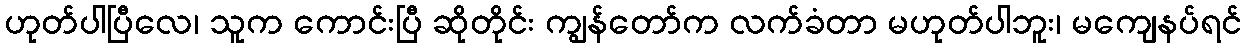
ဟုတ်ပါပြီလေ၊ သူက ကောင်းပြီ ဆိုတိုင်း ကျွန်တော်က လက်ခံတာ မဟုတ်ပါဘူး၊ မကျေနပ်ရင်